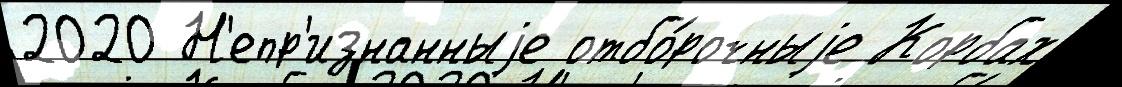
2020 Н'епр'изнанныjе отбо́рочныjе Корбах